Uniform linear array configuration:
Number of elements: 64
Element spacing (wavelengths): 1
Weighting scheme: blackman
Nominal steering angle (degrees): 45
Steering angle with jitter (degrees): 46.995
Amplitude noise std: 0.05
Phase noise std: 0.05

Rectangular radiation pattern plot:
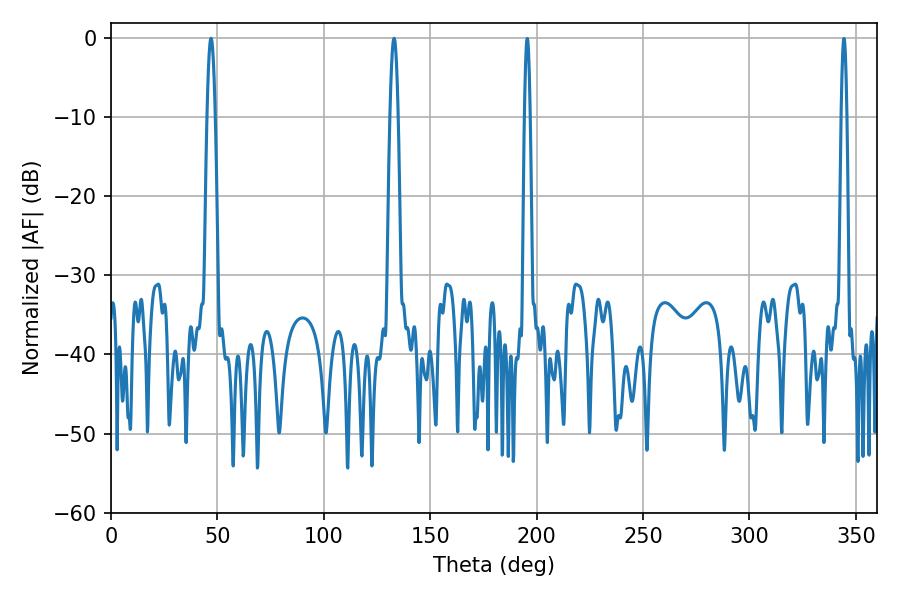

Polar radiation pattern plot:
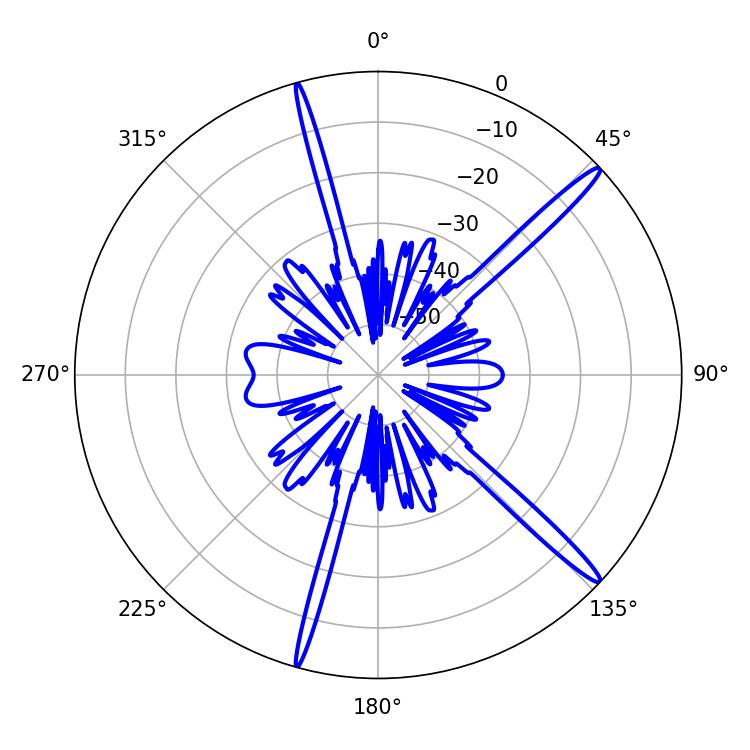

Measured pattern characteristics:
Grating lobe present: TRUE
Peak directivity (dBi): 16.598
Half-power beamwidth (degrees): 1.98
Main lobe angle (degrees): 133.02